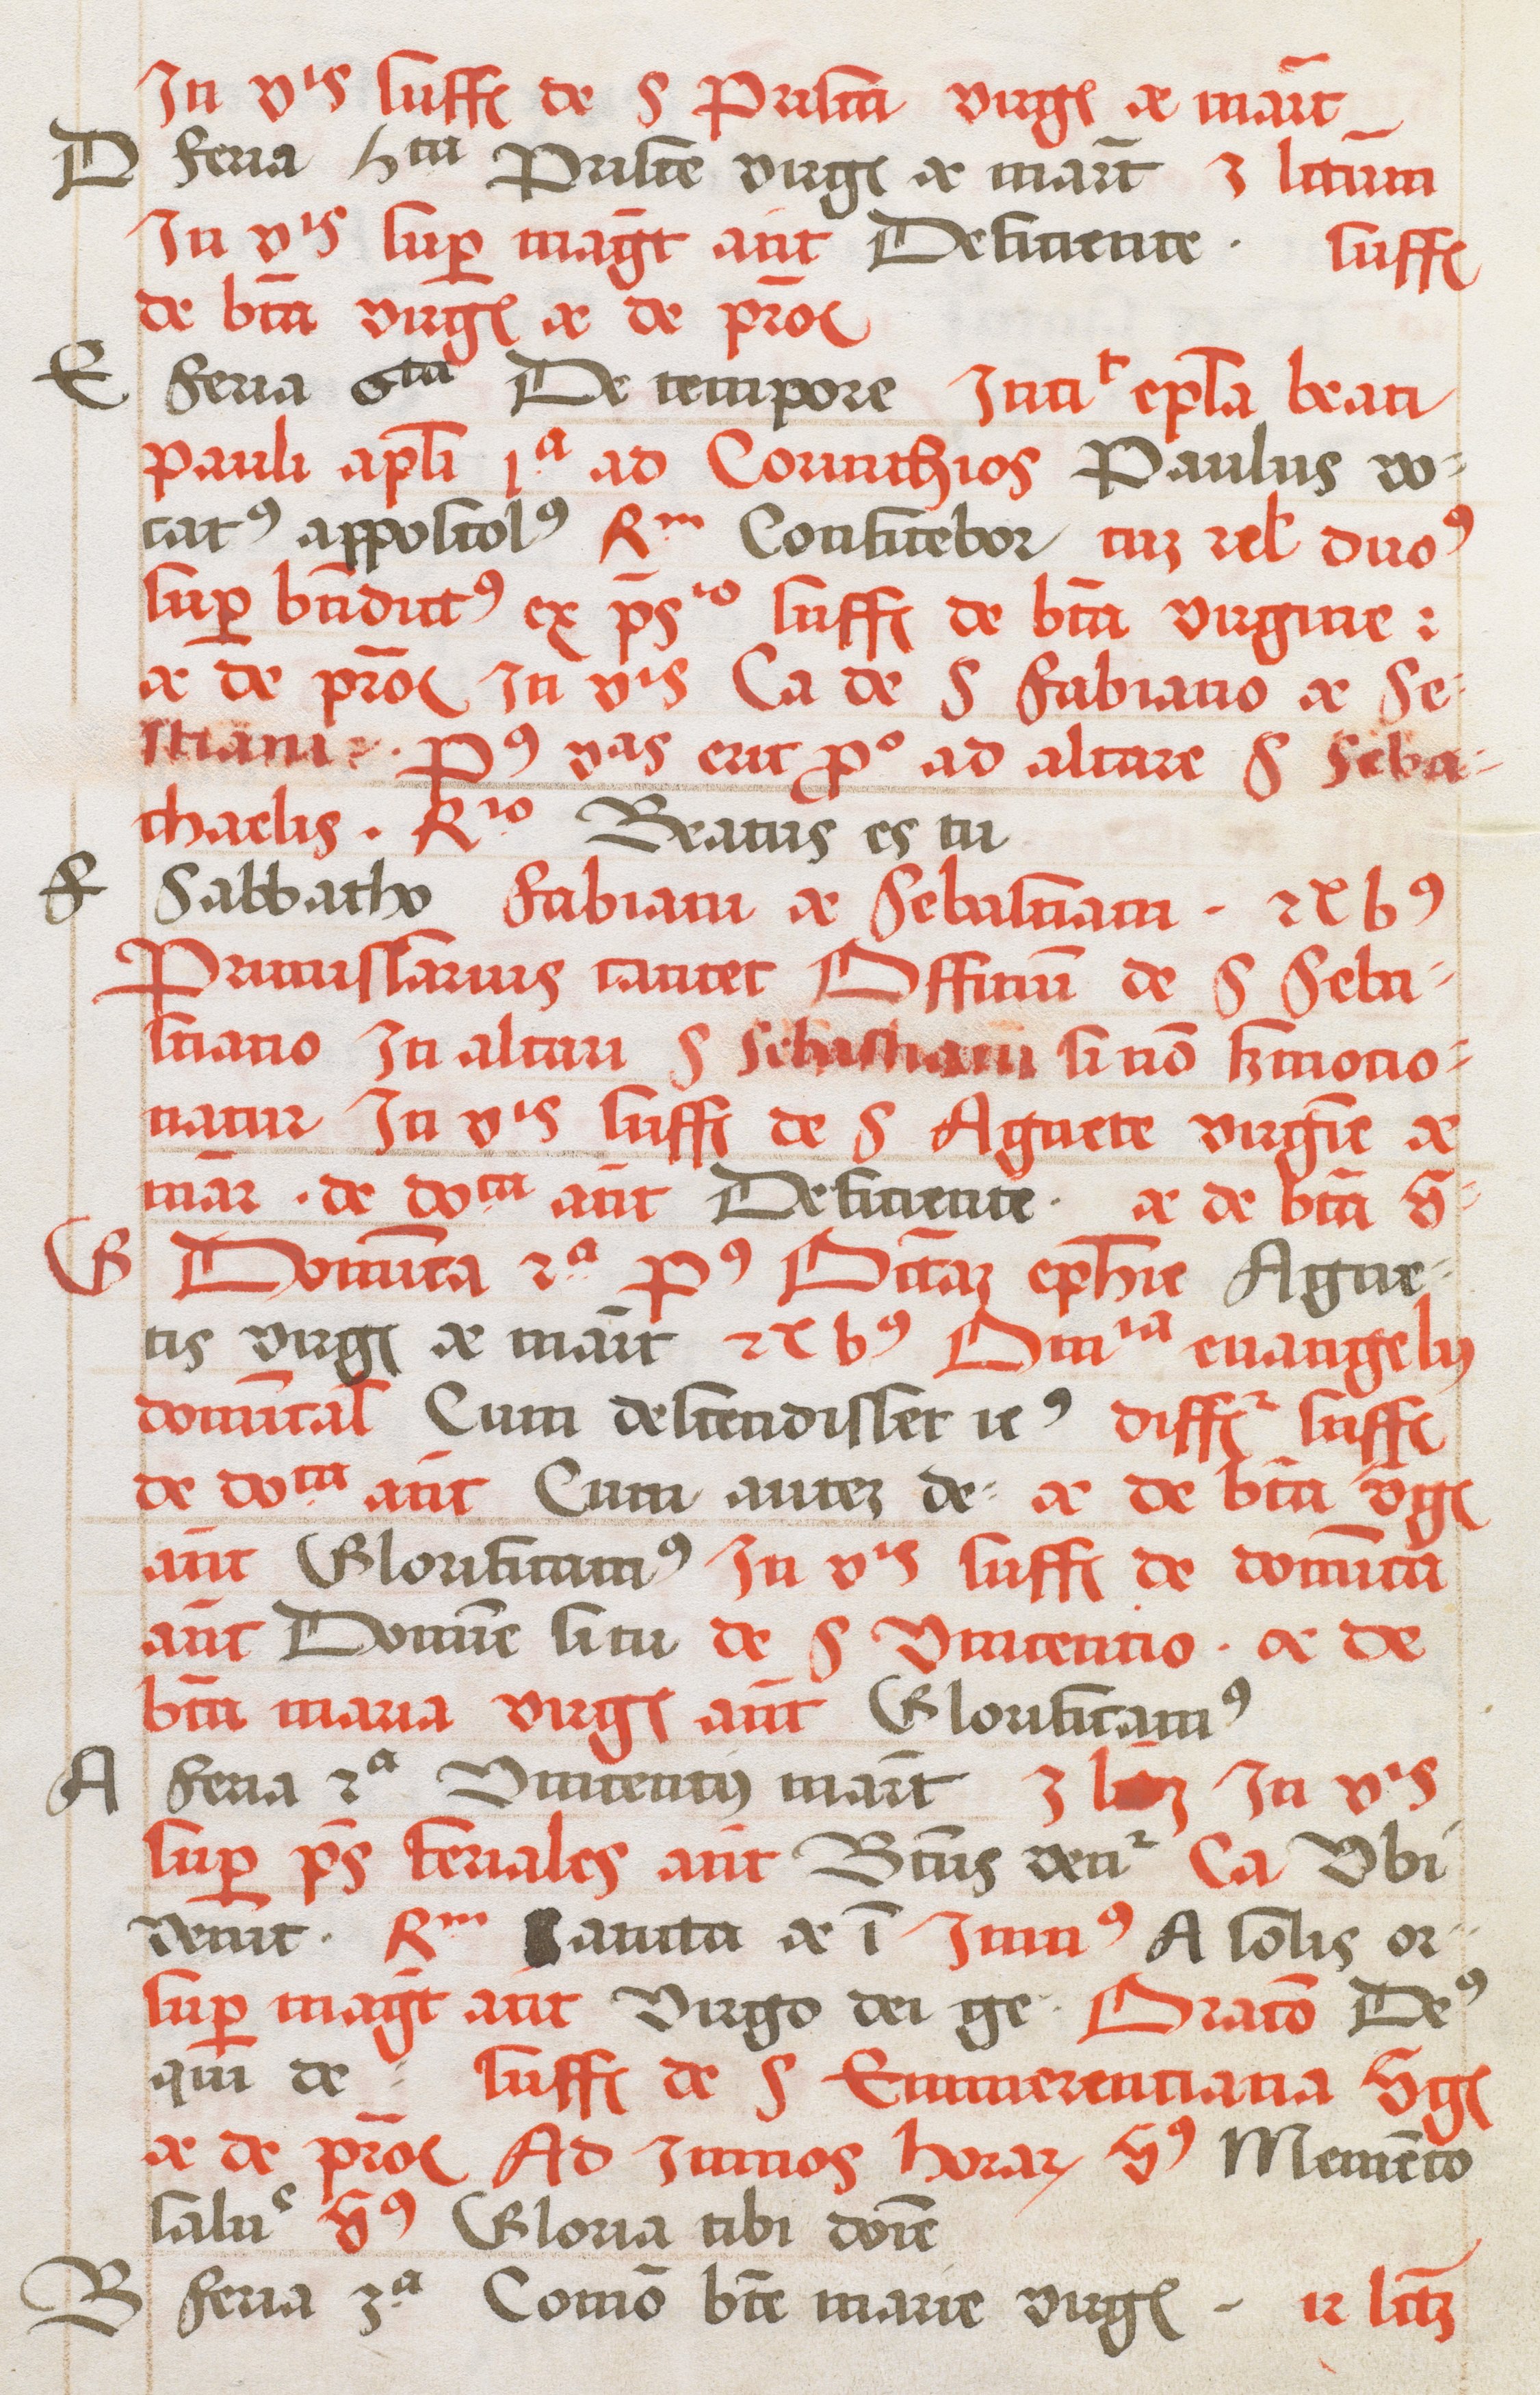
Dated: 1520–1520